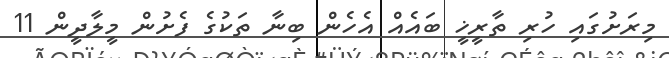
މިރަށުގައި ހުރި ތާރީޚީ ބައެއް އެހެން ބިނާ ތަކުގެ ފެށުން މީލާދީން 11